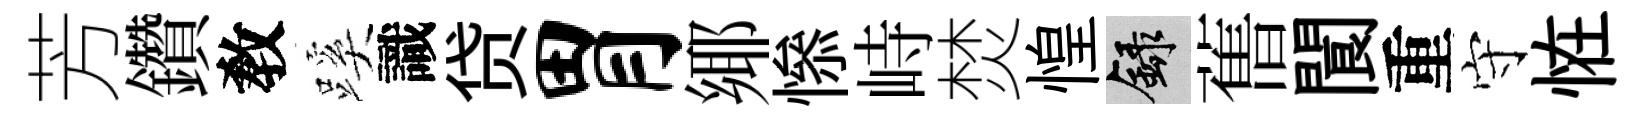
芳鑽敎蹊識贷胃鄊𢡖峙焚惶録𦾔閬重守恠